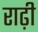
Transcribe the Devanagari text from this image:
राढ़ी